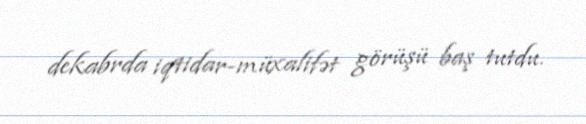
dekabrda iqtidar-müxalifət görüşü baş tutdu.